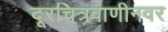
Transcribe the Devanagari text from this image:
दूरचित्रवाणीनवर